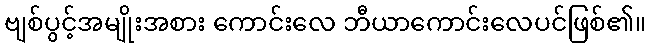
ဗျစ်ပွင့်အမျိုးအစား ကောင်းလေ ဘီယာကောင်းလေပင်ဖြစ်၏။